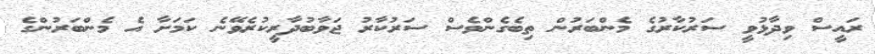
ރައީސް ވިދާޅުވީ ސަރުކާރުގެ މެންބަރުން ތިބެގެންވެސް ސަރުކާރު ޖަވާބުދާރީކުރެވޭނެ ކަމަށާ އެ މެންބަރުންގެ